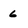
Character: 6